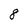
Character: 8